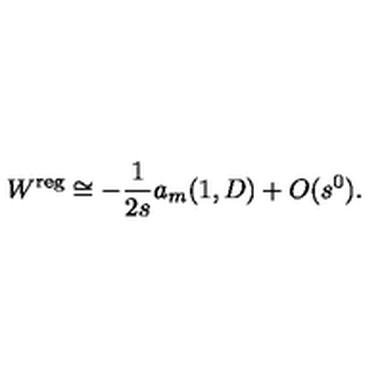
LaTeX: W ^ { \mathrm { \scriptsize r e g } } \cong - \frac 1 { 2 s } a _ { m } ( 1 , D ) + O ( s ^ { 0 } ) .